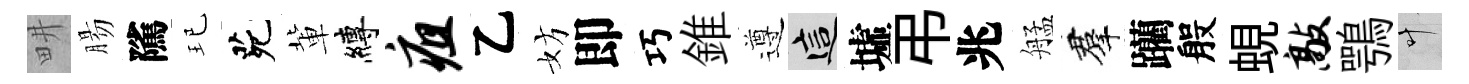
畊腸隲玘茕軰縛疽乙妨即巧錐遵這墟弔兆艋羣躪般蜆敲鶚叶